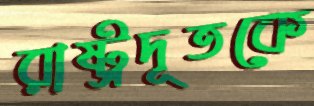
রাষ্ট্রদূতকে